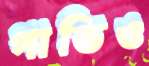
গাভিও